Note on the mental hospitals in Burma - 1925-1940
Year: 1925
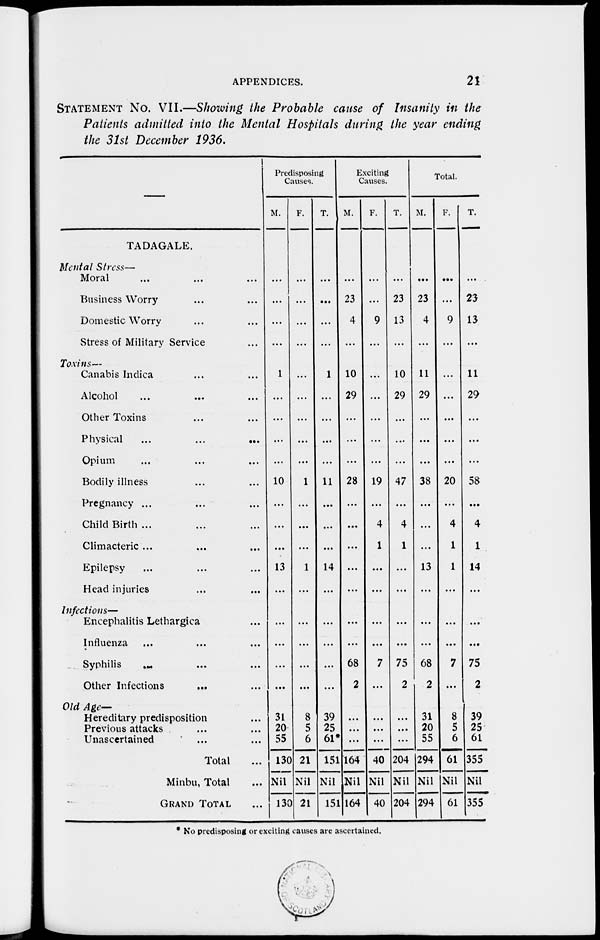
APPENDICES.
21
STATEMENT No. VII.—Showing the Probable cause of Insanity in the
Patients admitted into the Mental Hospitals during the year ending
the 31st December 1936.
TADAGALE.
Mental Stress—
Moral ... ... ...
Business Worry ... ...
Domestic Worry ... ...
Stress of Military Service ...
Toxins—
Canabis Indica ... ...
Alcohol ... ... ...
Other Toxins ... ...
Physical
...
...
...
Opium ... ... ...
Bodily illness ... ...
Pregnancy ... ... ...
Child Birth ... ... ...
Climacteric ... ... ...
Epilepsy ... ... ...
Head injuries ... ...
Infections—
Encephalitis Lethargica ...
Influenza ... ... ...
Syphilis ... ... ...
Other Infections ... ...
Old Age—
Hereditary predisposition ...
Previous attacks ... ...
Unascertained ... ...
Total ...
Minbu, Total ...
GRAND TOTAL ...
Predisposing
Causes.
M.
...
...
...
...
1
...
...
...
...
10
...
...
...
13
...
...
...
...
...
31
20
55
130
Nil
130
F.
...
...
...
...
...
...
...
...
...
1
...
...
...
1
...
...
...
...
...
8
5
6
21
Nil
21
T.
...
...
...
...
1
...
...
...
...
11
...
...
...
14
...
...
...
...
...
39
25
61*
151
Nil
151
Exciting
Causes.
M.
...
23
4
...
10
29
...
...
...
28
...
...
...
...
...
...
...
68
2
...
...
...
164
Nil
164
F.
...
...
9
...
...
...
...
...
...
19
...
4
1
...
...
...
...
7
...
...
...
...
40
Nil
40
T.
...
23
13
...
10
29
...
...
...
47
...
4
1
...
...
...
...
75
2
...
...
...
204
Nil
204
Total.
M.
...
23
4
...
11
29
...
...
...
38
...
...
...
13
...
...
...
68
2
31
20
55
294
Nil
294
F.
...
...
9
...
...
...
...
...
...
20
...
4
1
1
...
...
...
7
...
8
5
6
61
Nil
61
T.
...
23
13
...
11
29
...
...
...
58
...
4
1
14
...
...
...
75
2
.
39
25
61
355
Nil
355
* No predisposing or exciting causes are ascertained.